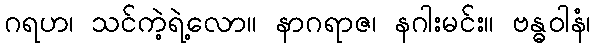
ဂရဟ၊ သင်ကဲ့ရဲ့လော။ နာဂရာဇ၊ နဂါးမင်း။ ဗန္ဓဝါနံ၊